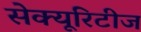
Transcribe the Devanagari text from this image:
सेक्यूरिटीज